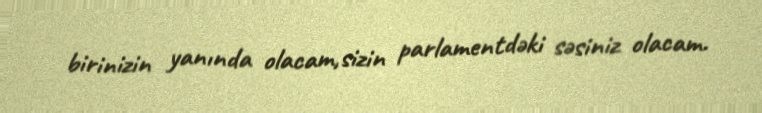
birinizin yanında olacam,sizin parlamentdəki səsiniz olacam.